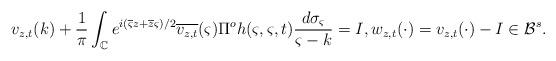
LaTeX: \begin{align*}v_{z,t}(k)+\frac{1}{\pi} \int_{\mathbb C} e^{i(\overline{\varsigma}z+\overline{z}{\varsigma})/2} \overline{v_{z,t}}(\varsigma) \Pi^o h(\varsigma,\varsigma,t) \frac{d\sigma_\varsigma}{\varsigma-k}=I, w_{z,t}(\cdot)=v_{z,t}(\cdot)-I\in\mathcal B^{s}.\end{align*}